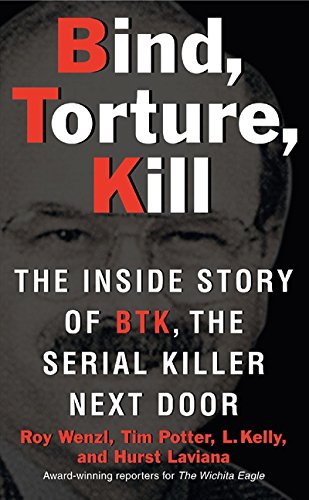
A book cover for Bind, Torture, Kill: The Inside Story of BTK, the Serial Killer Next Door; Roy Wenzl; Biographies & Memoirs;